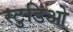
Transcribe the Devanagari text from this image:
स्टुडिओ